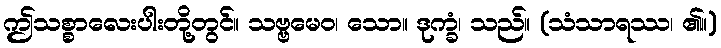
ဤသစ္စာလေးပါးတို့တွင်။ သဗ္ဗမေဝ၊ သော။ ဒုက္ခံ၊ သည်။ (သံသာရဿ၊ ၏။)